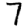
Digit: 7